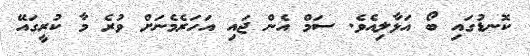
ކޮނޑުގައި ބޯ އަޅާލިއެވެ. ސަމް އެން ޖައި އަހަރެމެނަށް ވުރެ މާ ކުރީގައޭ